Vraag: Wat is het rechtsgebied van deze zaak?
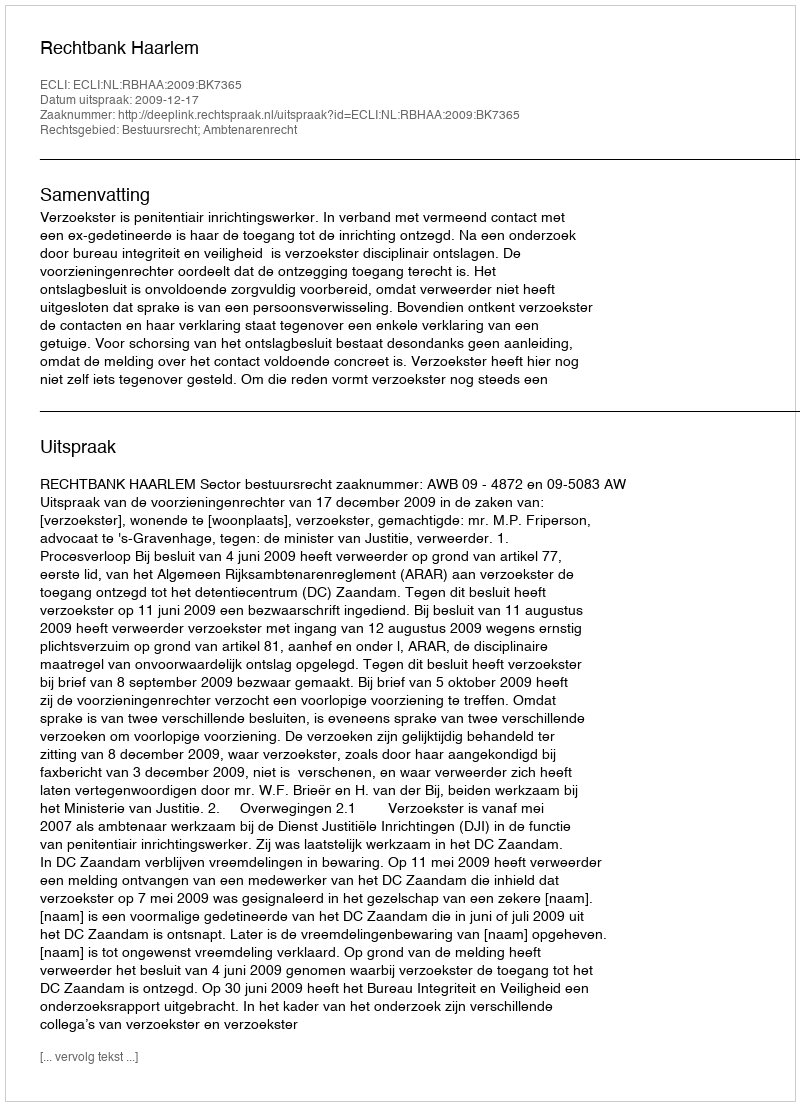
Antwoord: Bestuursrecht; Ambtenarenrecht